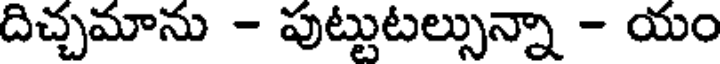
దిచ్చమాను - పుట్టుటల్సున్నా - యం